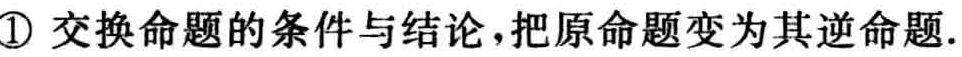
\textcircled{1} 交换命题的条件与结论，把原命题变为其逆命题.